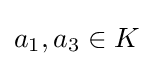
a_{1},a_{3}\in K